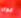
قوى